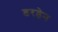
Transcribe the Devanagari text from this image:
डरडेन